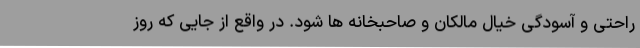
راحتی و آسودگی خیال مالکان و صاحبخانه ها شود. در واقع از جایی که روز